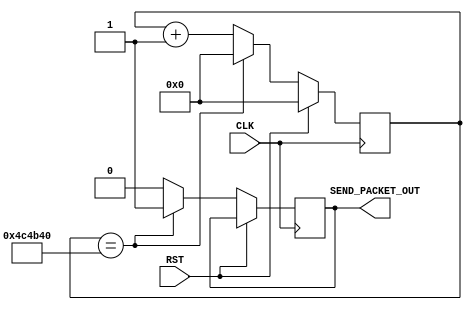
`timescale 1ns / 1ps
//////////////////////////////////////////////////////////////////////////////////
// Company: University of Edinburgh
// 
// Design Name: 	 
// Module Name:    SendPacketCounter 
// Project Name: 	 Infrared Receiver for Remote Control Car
// Target Devices: Digilent BASYS2
// Tool versions:  ISE 14.4
// Description: Counter with frequency of 10Hz, setting SEND_PACKET_OUT high
//		10 times a second.
//
// Dependencies: 	 N/A
//
// Revision: 
// Revision 0.01 - File Created
// Additional Comments: 
//
//////////////////////////////////////////////////////////////////////////////////
module SendPacketCounter(
    input CLK,
    input RST,
    output SEND_PACKET_OUT
    );
	 
	 //Define registers
	 reg [22:0] counter = 0;
	 reg packet_out;

	 //Implement counter to produce a frequency of 10Hz
	 always @ (posedge CLK) begin
		if (RST)
			// If reset (RST) is enabled, return counter to 0
			counter <= 0;
		else begin
			// Otherwise, when counter reaches 5000000, reset counter to 0 and set SEND_PACKET_OUT high for ONE clock cycle only
			if (counter == 5000000) begin
				counter <= 0;
				packet_out <= 1;
				end
			else begin
				// Increment counter by one and reset SEND_PACKET_OUT to 0
				counter <= counter + 1;
				packet_out <= 0;
				end
			end
		end
	
	//Assign	registers to the module output
	assign SEND_PACKET_OUT = packet_out;

endmodule